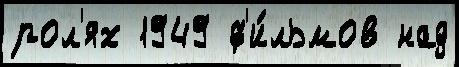
рол'ях 1949 ф'и́льмов над